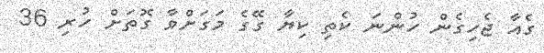
ގެއާ ޖެހިގެން ހުންނަ ކެތި ކިޔާ ގޭގެ މަގަށްވާ ގޮތަށް ހުރި 36